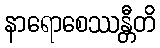
နာရောစေဿန္တီတိ